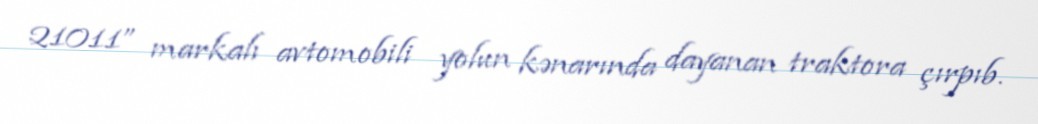
21011” markalı avtomobili yolun kənarında dayanan traktora çırpıb.